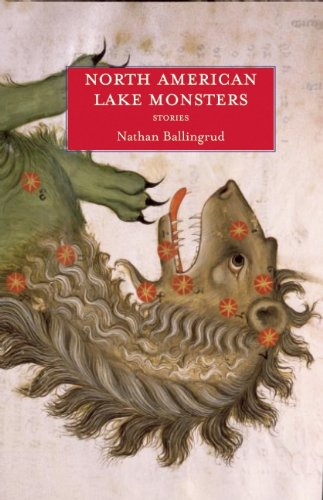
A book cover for North American Lake Monsters: Stories; Nathan Ballingrud; Science Fiction & Fantasy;